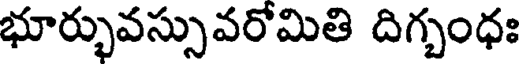
భూర్భువస్సువరోమితి దిగ్బంధః